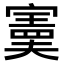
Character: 𫴂